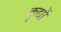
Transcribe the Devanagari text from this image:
कृद्यों